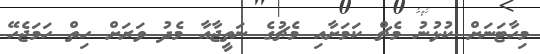
މިހާޓަނަށް ކުޅުނު މެޗް ކަމަށާއި މެޗުގެ ނަތީޖާއާ މެދު ވަރަށް ހިތް ހަމަޖެހޭ